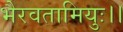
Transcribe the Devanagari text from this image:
भैरवतामियुः।।